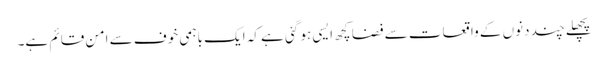
پچھلے چند دنوں کے واقعات سے فضا کچھ ایسی ہو گئی ہے کہ ایک باہمی خوف سے امن قائم ہے۔